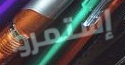
إستمروا